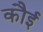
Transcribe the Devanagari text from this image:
कौई